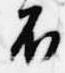
不